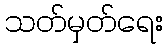
သတ်မှတ်ရေး